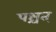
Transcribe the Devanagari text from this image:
पश्चत्